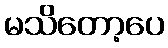
မသိတော့ပေ